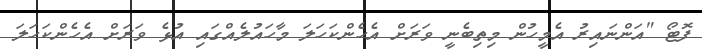
ފޮޓޯ "އަންނައިރު އެމީހުން މިތިބެނީ ވަރަށް އެހެންކަހަލަ މާހައުލެއްގައި އުޅެ ވަރަށް އެހެންކަހަލަ